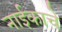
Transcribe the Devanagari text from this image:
नाईकाचे